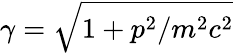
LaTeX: \gamma=\sqrt{1+p^{2}/m^{2}c^{2}}